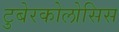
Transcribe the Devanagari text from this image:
टुबेरकोलोसिस